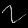
Digit: ၇